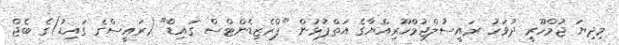
މިދިޔަ ޖުމްހޫރީ ދުވަހު ރައީސުލްޖުމްހޫރިއްޔާގެ އަތްޕުޅުން "ޕްރެޒިޑެންޓްސް ގައިޑް" (ރައީސްގެ ގައިޑު)ގެ ބެޖް